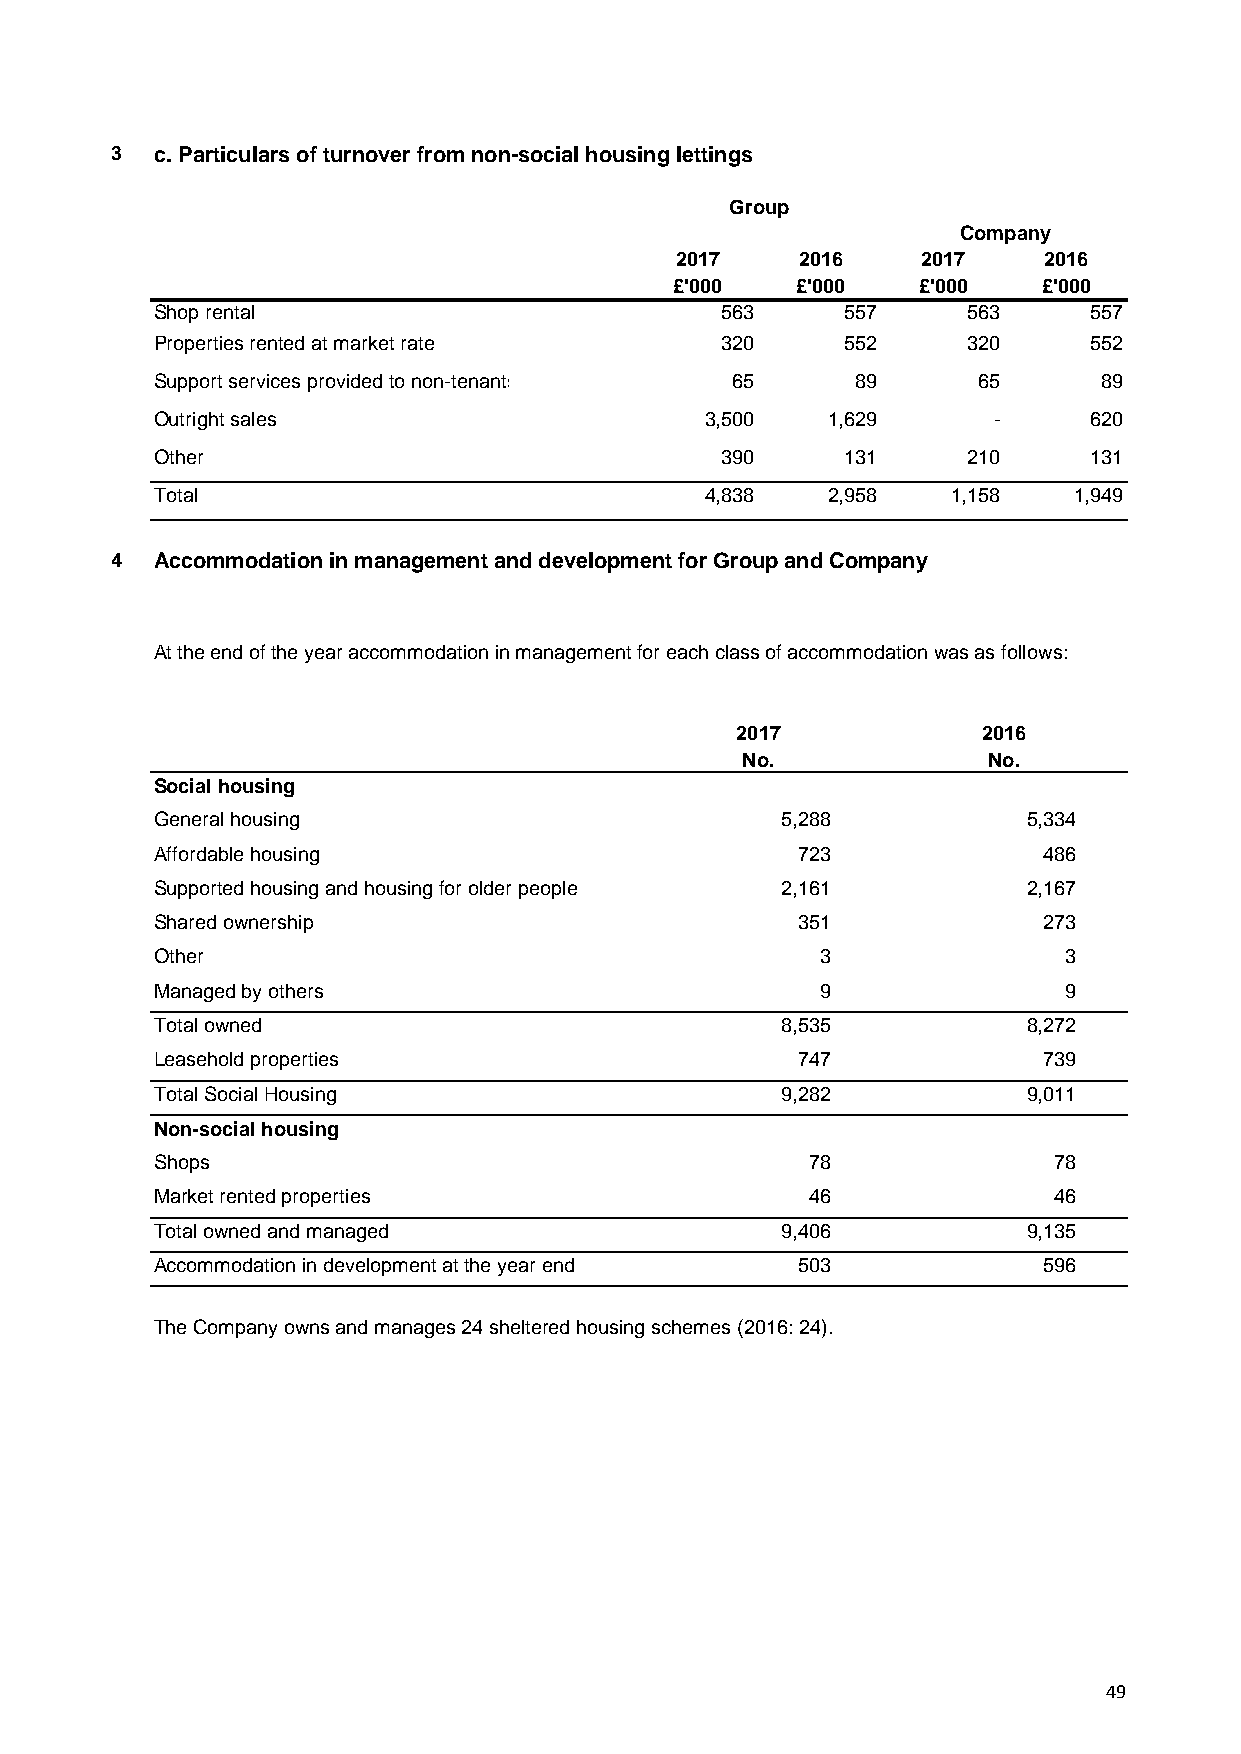
3  c. Particulars of turnover from non-social housing lettings
 Group
 Company
 2017    2016    2017    2016
 £'000   £'000   £'000   £'000
 Shop rental                           563     557     563     557
 Properties rented at market rate      320     552     320     552
 Support services provided to non-tenants 65    89      65      89
 Outright sales                       3,500   1,629      -     620
 Other                                 390     131     210     131
 Total                                4,838   2,958   1,158   1,949
 4  Accommodation in management and development for Group and Company
 At the end of the year accommodation in management for each class of accommodation was as follows:
 2017            2016
 No.             No.
 Social housing
 General housing                           5,288           5,334
 Affordable housing                         723             486
 Supported housing and housing for older people 2,161      2,167
 Shared ownership                           351             273
 Other                                       3               3
 Managed by others                           9               9
 Total owned                               8,535           8,272
 Leasehold properties                       747             739
 Total Social Housing                      9,282           9,011
 Non-social housing
 Shops                                      78               78
 Market rented properties                   46               46
 Total owned and managed                   9,406           9,135
 Accommodation in development at the year end 503           596
 The Company owns and manages 24 sheltered housing schemes (2016: 24).
 49